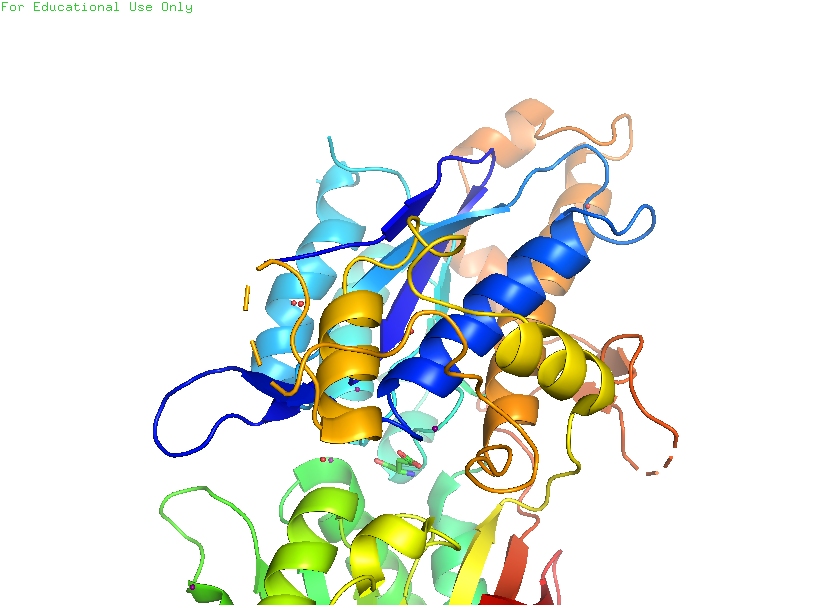
pymol, preset, pretty_solv